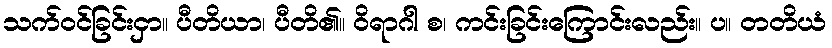
သက်ဝင်ခြင်းငှာ။ ပီတိယာ၊ ပီတိ၏။ ဝိရာဂါ စ၊ ကင်းခြင်းကြောင်းလည်း။ ပ။ တတိယံ